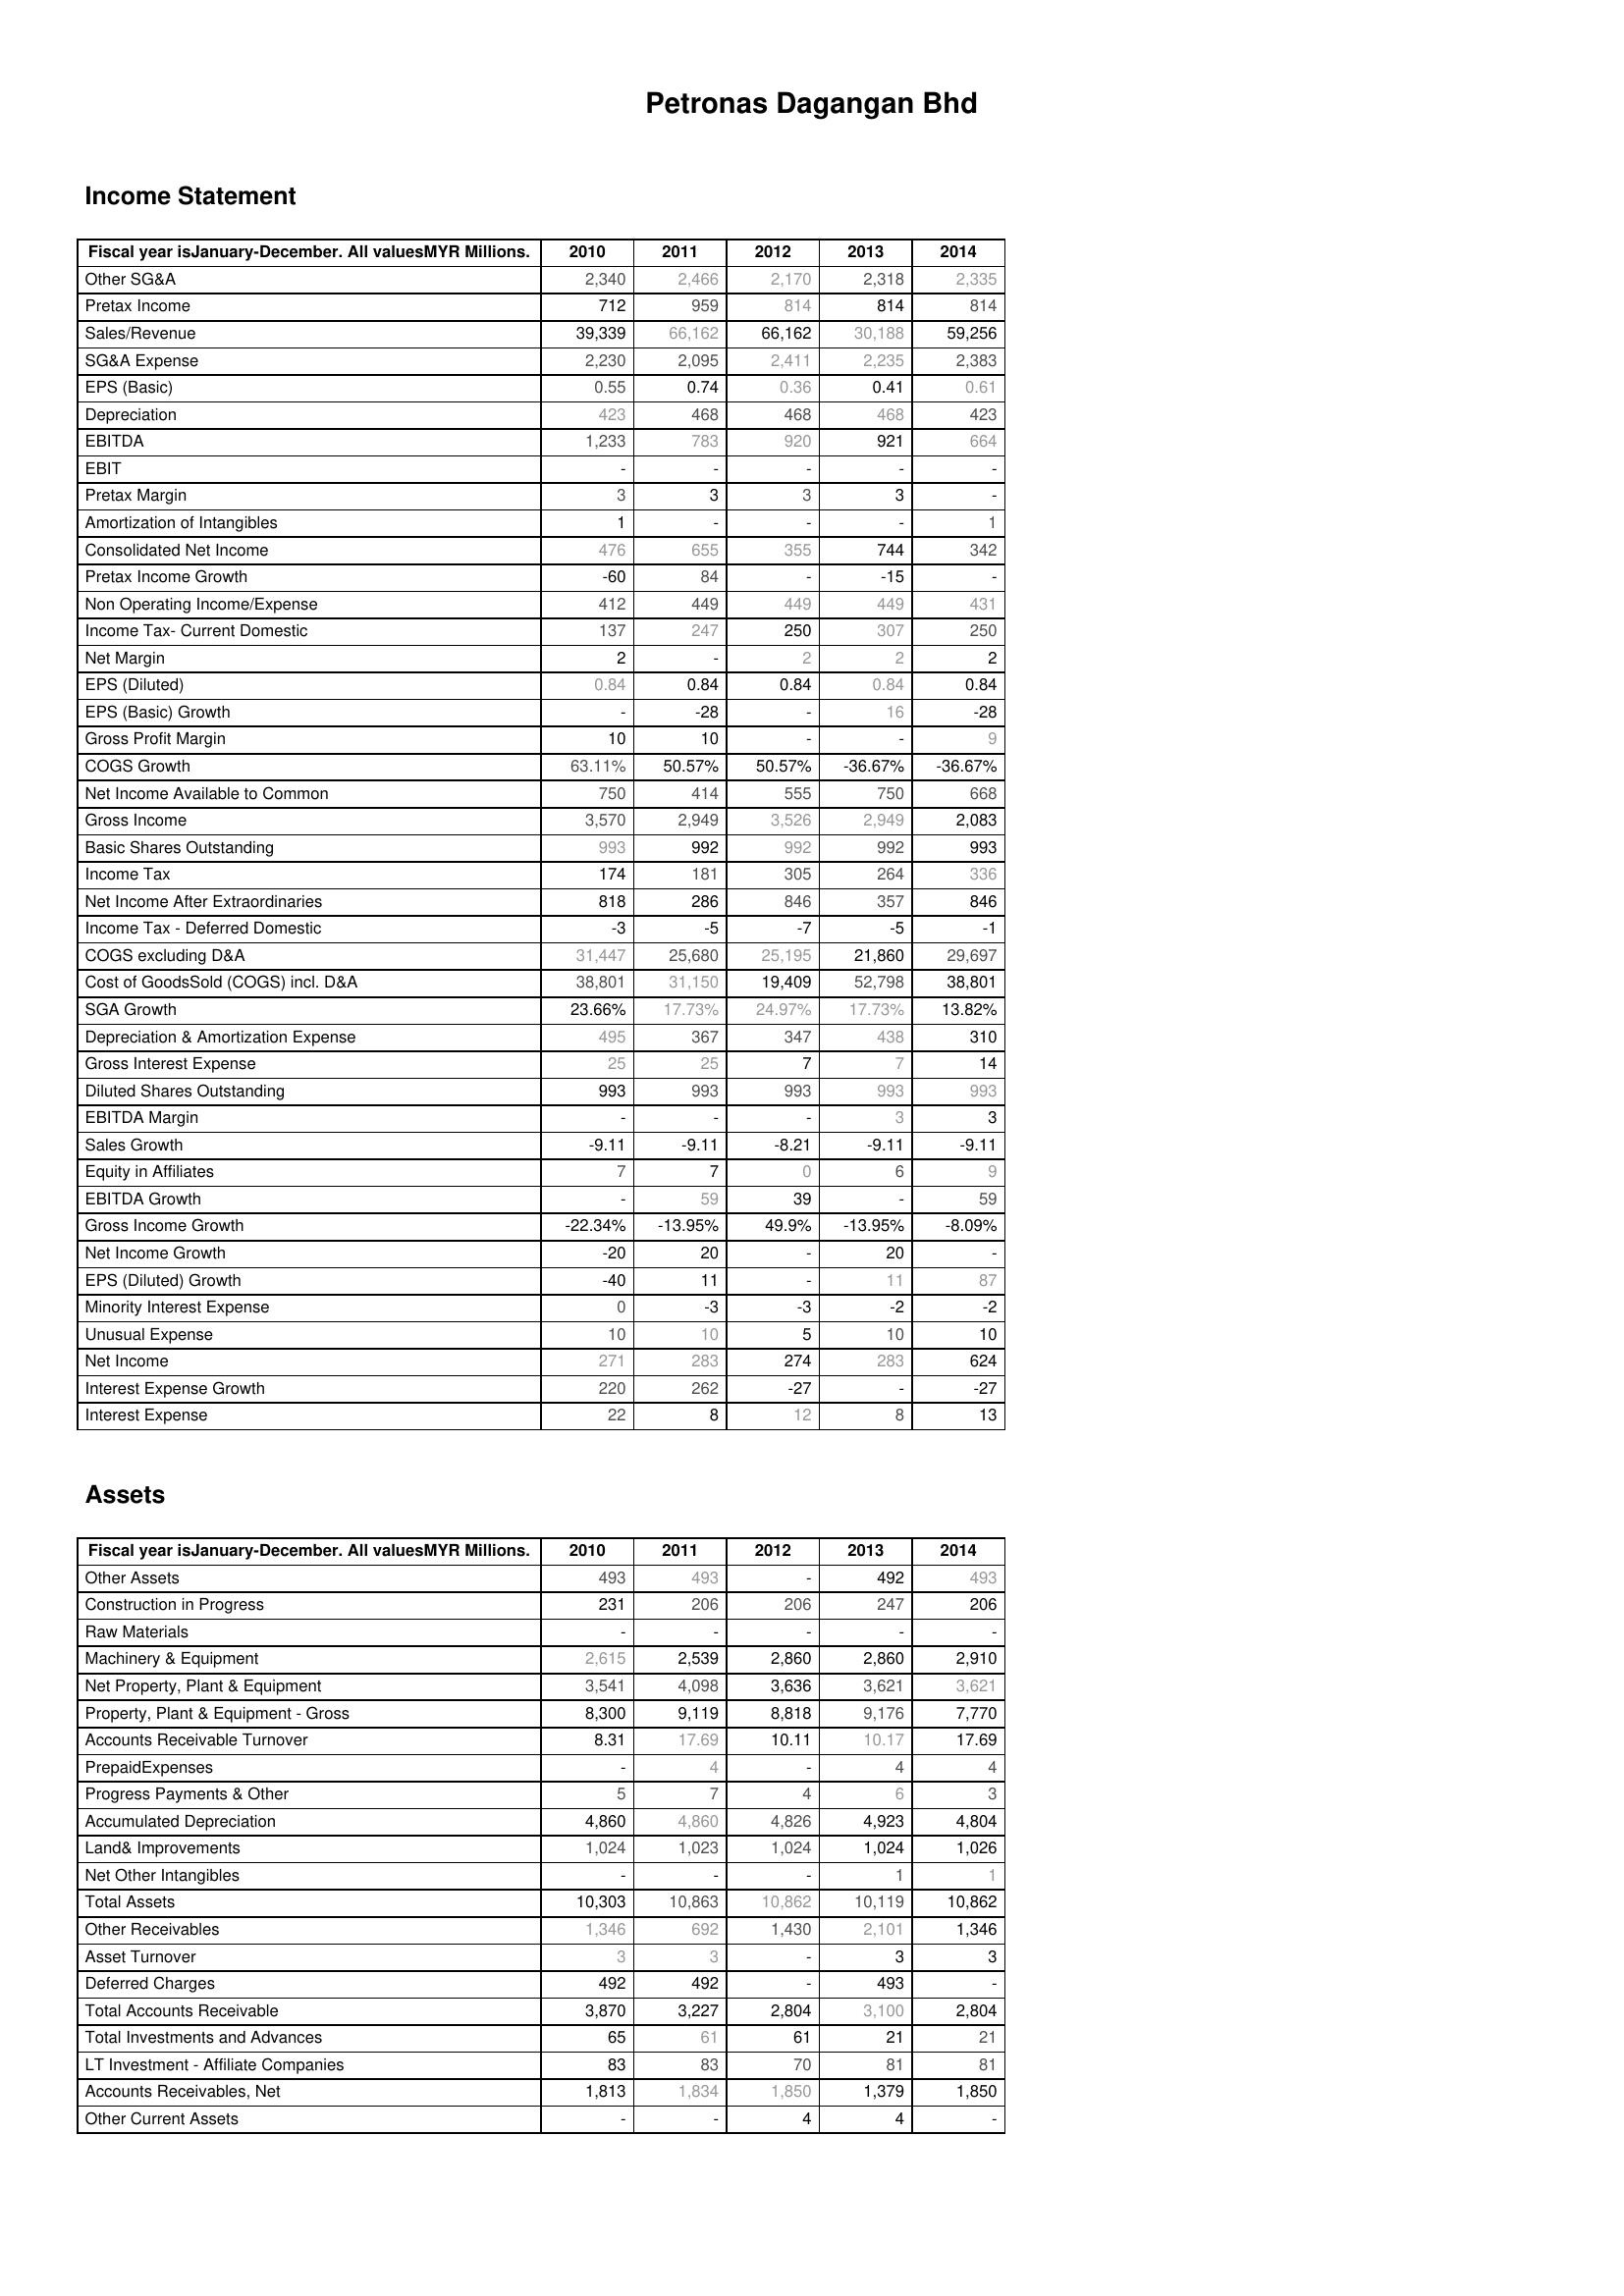
2010: Income Statement: Other SG&A: 2,340
Pretax Income: 712
Sales/Revenue: 39,339
SG&A Expense: 2,230
EPS (Basic): 0.55
Depreciation: 423
EBITDA: 1,233
EBIT: -
Pretax Margin: 3
Amortization of Intangibles: 1
Consolidated Net Income: 476
Pretax Income Growth: -60
Non Operating Income/Expense: 412
Income Tax- Current Domestic: 137
Net Margin: 2
EPS (Diluted): 0.84
EPS (Basic) Growth: -
Gross Profit Margin: 10
COGS Growth: 63.11%
Net Income Available to Common: 750
Gross Income: 3,570
Basic Shares Outstanding: 993
Income Tax: 174
Net Income After Extraordinaries: 818
Income Tax - Deferred Domestic: -3
COGS excluding D&A: 31,447
Cost of GoodsSold (COGS) incl. D&A: 38,801
SGA Growth: 23.66%
Depreciation & Amortization Expense: 495
Gross Interest Expense: 25
Diluted Shares Outstanding: 993
EBITDA Margin: -
Sales Growth: -9.11
Equity in Affiliates: 7
EBITDA Growth: -
Gross Income Growth: -22.34%
Net Income Growth: -20
EPS (Diluted) Growth: -40
Minority Interest Expense: 0
Unusual Expense: 10
Net Income: 271
Interest Expense Growth: 220
Interest Expense: 22
Assets: Other Assets: 493
Construction in Progress: 231
Raw Materials: -
Machinery & Equipment: 2,615
Net Property, Plant & Equipment: 3,541
Property, Plant & Equipment - Gross : 8,300
Accounts Receivable Turnover: 8.31
PrepaidExpenses: -
Progress Payments & Other: 5
Accumulated Depreciation: 4,860
Land& Improvements: 1,024
Net Other Intangibles: -
Total Assets: 10,303
Other Receivables: 1,346
Asset Turnover: 3
Deferred Charges: 492
Total Accounts Receivable: 3,870
Total Investments and Advances: 65
LT Investment - Affiliate Companies: 83
Accounts Receivables, Net: 1,813
Other Current Assets: -
2011: Income Statement: Other SG&A: 2,466
Pretax Income: 959
Sales/Revenue: 66,162
SG&A Expense: 2,095
EPS (Basic): 0.74
Depreciation: 468
EBITDA: 783
EBIT: -
Pretax Margin: 3
Amortization of Intangibles: -
Consolidated Net Income: 655
Pretax Income Growth: 84
Non Operating Income/Expense: 449
Income Tax- Current Domestic: 247
Net Margin: -
EPS (Diluted): 0.84
EPS (Basic) Growth: -28
Gross Profit Margin: 10
COGS Growth: 50.57%
Net Income Available to Common: 414
Gross Income: 2,949
Basic Shares Outstanding: 992
Income Tax: 181
Net Income After Extraordinaries: 286
Income Tax - Deferred Domestic: -5
COGS excluding D&A: 25,680
Cost of GoodsSold (COGS) incl. D&A: 31,150
SGA Growth: 17.73%
Depreciation & Amortization Expense: 367
Gross Interest Expense: 25
Diluted Shares Outstanding: 993
EBITDA Margin: -
Sales Growth: -9.11
Equity in Affiliates: 7
EBITDA Growth: 59
Gross Income Growth: -13.95%
Net Income Growth: 20
EPS (Diluted) Growth: 11
Minority Interest Expense: -3
Unusual Expense: 10
Net Income: 283
Interest Expense Growth: 262
Interest Expense: 8
Assets: Other Assets: 493
Construction in Progress: 206
Raw Materials: -
Machinery & Equipment: 2,539
Net Property, Plant & Equipment: 4,098
Property, Plant & Equipment - Gross : 9,119
Accounts Receivable Turnover: 17.69
PrepaidExpenses: 4
Progress Payments & Other: 7
Accumulated Depreciation: 4,860
Land& Improvements: 1,023
Net Other Intangibles: -
Total Assets: 10,863
Other Receivables: 692
Asset Turnover: 3
Deferred Charges: 492
Total Accounts Receivable: 3,227
Total Investments and Advances: 61
LT Investment - Affiliate Companies: 83
Accounts Receivables, Net: 1,834
Other Current Assets: -
2012: Income Statement: Other SG&A: 2,170
Pretax Income: 814
Sales/Revenue: 66,162
SG&A Expense: 2,411
EPS (Basic): 0.36
Depreciation: 468
EBITDA: 920
EBIT: -
Pretax Margin: 3
Amortization of Intangibles: -
Consolidated Net Income: 355
Pretax Income Growth: -
Non Operating Income/Expense: 449
Income Tax- Current Domestic: 250
Net Margin: 2
EPS (Diluted): 0.84
EPS (Basic) Growth: -
Gross Profit Margin: -
COGS Growth: 50.57%
Net Income Available to Common: 555
Gross Income: 3,526
Basic Shares Outstanding: 992
Income Tax: 305
Net Income After Extraordinaries: 846
Income Tax - Deferred Domestic: -7
COGS excluding D&A: 25,195
Cost of GoodsSold (COGS) incl. D&A: 19,409
SGA Growth: 24.97%
Depreciation & Amortization Expense: 347
Gross Interest Expense: 7
Diluted Shares Outstanding: 993
EBITDA Margin: -
Sales Growth: -8.21
Equity in Affiliates: 0
EBITDA Growth: 39
Gross Income Growth: 49.9%
Net Income Growth: -
EPS (Diluted) Growth: -
Minority Interest Expense: -3
Unusual Expense: 5
Net Income: 274
Interest Expense Growth: -27
Interest Expense: 12
Assets: Other Assets: -
Construction in Progress: 206
Raw Materials: -
Machinery & Equipment: 2,860
Net Property, Plant & Equipment: 3,636
Property, Plant & Equipment - Gross : 8,818
Accounts Receivable Turnover: 10.11
PrepaidExpenses: -
Progress Payments & Other: 4
Accumulated Depreciation: 4,826
Land& Improvements: 1,024
Net Other Intangibles: -
Total Assets: 10,862
Other Receivables: 1,430
Asset Turnover: -
Deferred Charges: -
Total Accounts Receivable: 2,804
Total Investments and Advances: 61
LT Investment - Affiliate Companies: 70
Accounts Receivables, Net: 1,850
Other Current Assets: 4
2013: Income Statement: Other SG&A: 2,318
Pretax Income: 814
Sales/Revenue: 30,188
SG&A Expense: 2,235
EPS (Basic): 0.41
Depreciation: 468
EBITDA: 921
EBIT: -
Pretax Margin: 3
Amortization of Intangibles: -
Consolidated Net Income: 744
Pretax Income Growth: -15
Non Operating Income/Expense: 449
Income Tax- Current Domestic: 307
Net Margin: 2
EPS (Diluted): 0.84
EPS (Basic) Growth: 16
Gross Profit Margin: -
COGS Growth: -36.67%
Net Income Available to Common: 750
Gross Income: 2,949
Basic Shares Outstanding: 992
Income Tax: 264
Net Income After Extraordinaries: 357
Income Tax - Deferred Domestic: -5
COGS excluding D&A: 21,860
Cost of GoodsSold (COGS) incl. D&A: 52,798
SGA Growth: 17.73%
Depreciation & Amortization Expense: 438
Gross Interest Expense: 7
Diluted Shares Outstanding: 993
EBITDA Margin: 3
Sales Growth: -9.11
Equity in Affiliates: 6
EBITDA Growth: -
Gross Income Growth: -13.95%
Net Income Growth: 20
EPS (Diluted) Growth: 11
Minority Interest Expense: -2
Unusual Expense: 10
Net Income: 283
Interest Expense Growth: -
Interest Expense: 8
Assets: Other Assets: 492
Construction in Progress: 247
Raw Materials: -
Machinery & Equipment: 2,860
Net Property, Plant & Equipment: 3,621
Property, Plant & Equipment - Gross : 9,176
Accounts Receivable Turnover: 10.17
PrepaidExpenses: 4
Progress Payments & Other: 6
Accumulated Depreciation: 4,923
Land& Improvements: 1,024
Net Other Intangibles: 1
Total Assets: 10,119
Other Receivables: 2,101
Asset Turnover: 3
Deferred Charges: 493
Total Accounts Receivable: 3,100
Total Investments and Advances: 21
LT Investment - Affiliate Companies: 81
Accounts Receivables, Net: 1,379
Other Current Assets: 4
2014: Income Statement: Other SG&A: 2,335
Pretax Income: 814
Sales/Revenue: 59,256
SG&A Expense: 2,383
EPS (Basic): 0.61
Depreciation: 423
EBITDA: 664
EBIT: -
Pretax Margin: -
Amortization of Intangibles: 1
Consolidated Net Income: 342
Pretax Income Growth: -
Non Operating Income/Expense: 431
Income Tax- Current Domestic: 250
Net Margin: 2
EPS (Diluted): 0.84
EPS (Basic) Growth: -28
Gross Profit Margin: 9
COGS Growth: -36.67%
Net Income Available to Common: 668
Gross Income: 2,083
Basic Shares Outstanding: 993
Income Tax: 336
Net Income After Extraordinaries: 846
Income Tax - Deferred Domestic: -1
COGS excluding D&A: 29,697
Cost of GoodsSold (COGS) incl. D&A: 38,801
SGA Growth: 13.82%
Depreciation & Amortization Expense: 310
Gross Interest Expense: 14
Diluted Shares Outstanding: 993
EBITDA Margin: 3
Sales Growth: -9.11
Equity in Affiliates: 9
EBITDA Growth: 59
Gross Income Growth: -8.09%
Net Income Growth: -
EPS (Diluted) Growth: 87
Minority Interest Expense: -2
Unusual Expense: 10
Net Income: 624
Interest Expense Growth: -27
Interest Expense: 13
Assets: Other Assets: 493
Construction in Progress: 206
Raw Materials: -
Machinery & Equipment: 2,910
Net Property, Plant & Equipment: 3,621
Property, Plant & Equipment - Gross : 7,770
Accounts Receivable Turnover: 17.69
PrepaidExpenses: 4
Progress Payments & Other: 3
Accumulated Depreciation: 4,804
Land& Improvements: 1,026
Net Other Intangibles: 1
Total Assets: 10,862
Other Receivables: 1,346
Asset Turnover: 3
Deferred Charges: -
Total Accounts Receivable: 2,804
Total Investments and Advances: 21
LT Investment - Affiliate Companies: 81
Accounts Receivables, Net: 1,850
Other Current Assets: -